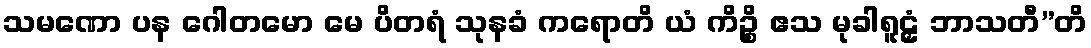
သမဏော ပန ဂေါတမော မေ ပိတရံ သုနခံ ကရောတိ ယံ ကိဉ္စိ ဧသ မုခါရူဠှံ ဘာသတီ”တိ